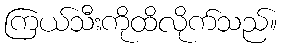
ကြယ်သီးကိုထိလိုက်သည်။